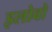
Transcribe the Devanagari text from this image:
इलोवो